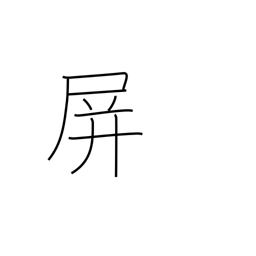
Meaning: fence